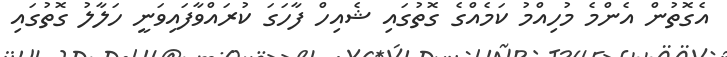
އެގޮތުން އެންމެ މުހިއްމު ކަމެއްގެ ގޮތުގައި ޝެއިހް ފާހަގަ ކުރައްވާފައިވަނީ ހަލާލު ގޮތުގައި